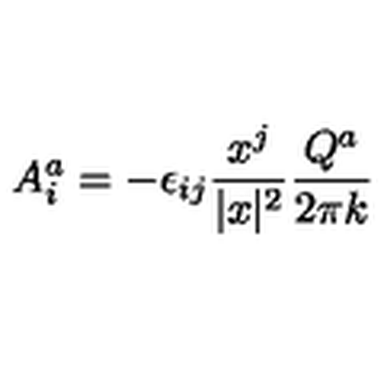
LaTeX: A _ { i } ^ { a } = - \epsilon _ { i j } \frac { x ^ { j } } { \vert x \vert ^ { 2 } } \frac { Q ^ { a } } { 2 \pi k }